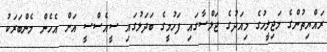
ރައްޔިތުންގެ މަޖިލީހުގެ މިއަދުގެ ޖަލްސާގައި ފަހުމީގެ ބަދަލުގައި ސީއެސްސީ އަށް އެހެން މެންބަރަކު